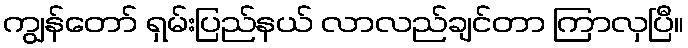
ကျွန်တော် ရှမ်းပြည်နယ် လာလည်ချင်တာ ကြာလှပြီ။